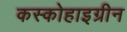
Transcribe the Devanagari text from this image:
कस्कोहाइग्रीन